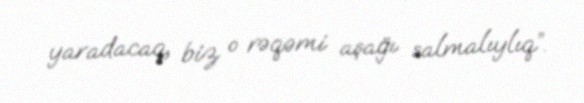
yaradacaq, biz o rəqəmi aşağı salmalıylıq”.